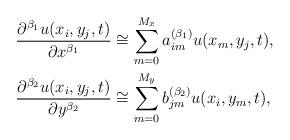
LaTeX: \begin{align*}&\frac{\partial ^{\beta_1}u(x_i,y_j,t)}{\partial x^{\beta_1}}\cong\sum\limits_{m=0}^{M_x} {a_{im}^{(\beta_1)}u(x_m,y_j,t)}, \\&\frac{\partial ^{\beta_2}u(x_i,y_j,t)}{\partial y^{\beta_2}}\cong\sum\limits_{m=0}^{M_y} {b_{jm}^{(\beta_2)}u(x_i,y_m,t)},\end{align*}